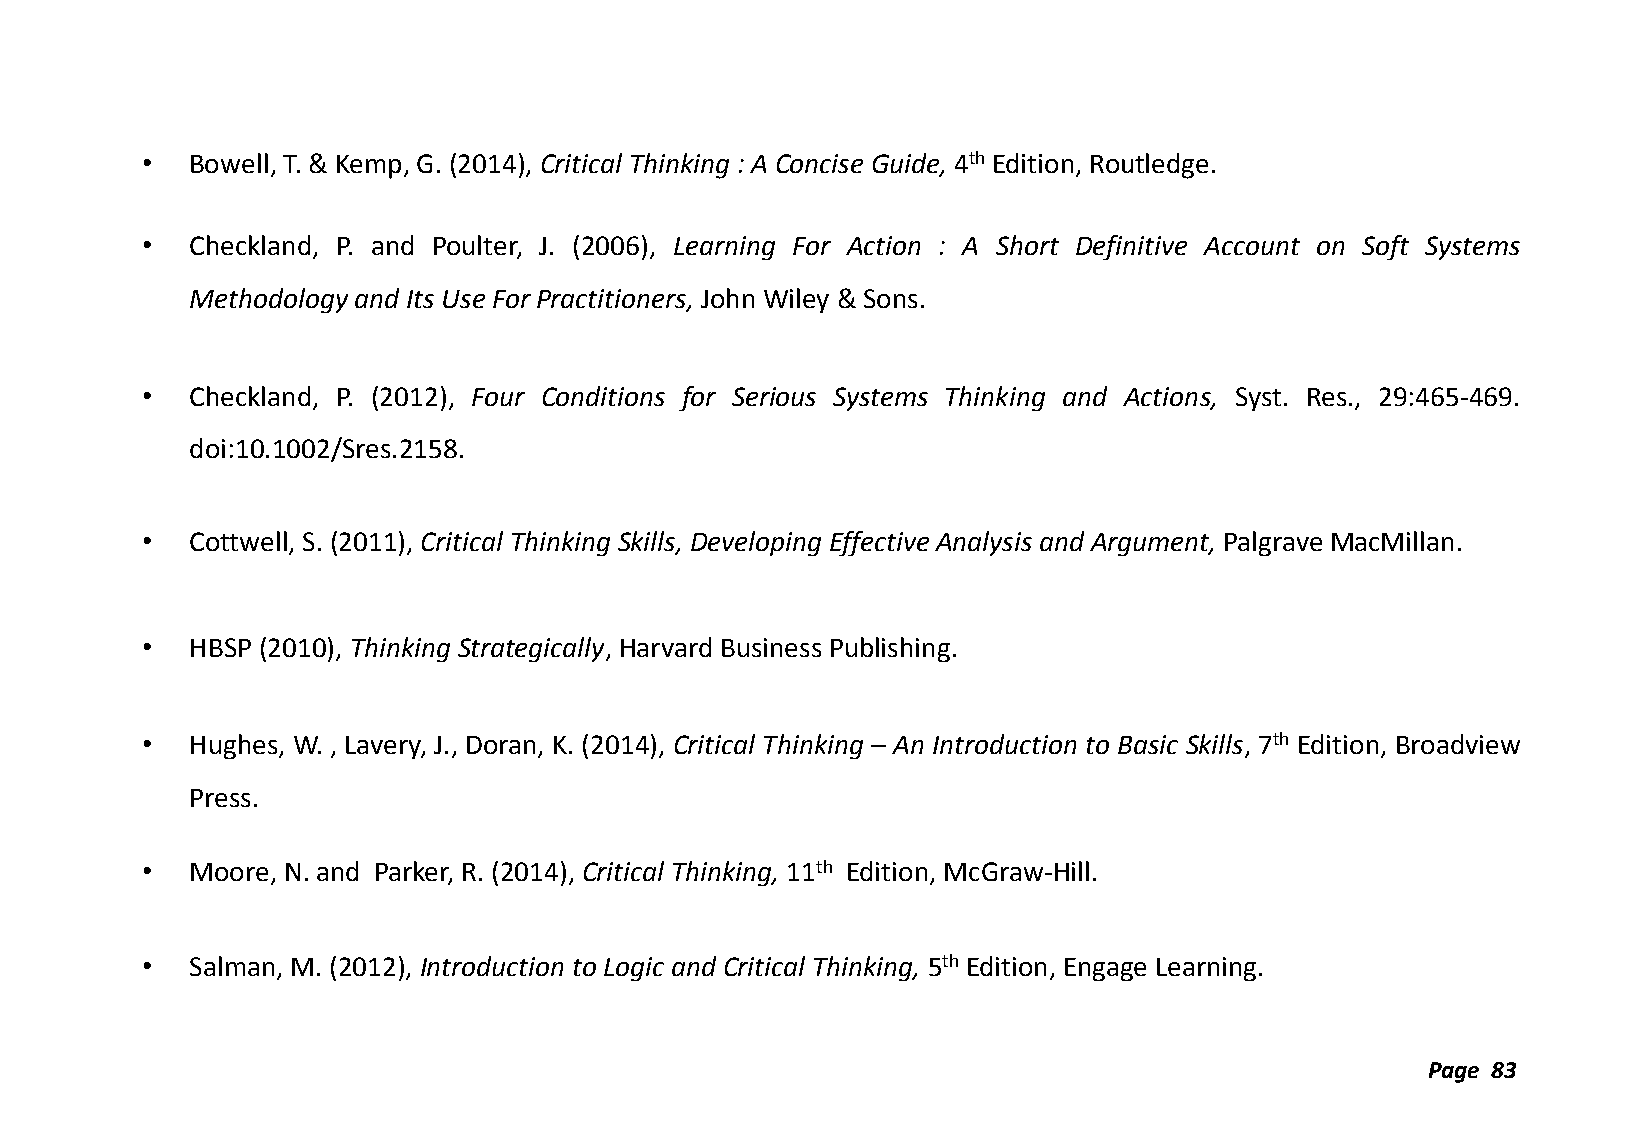
•   Bowell, T. & Kemp, G. (2014), Critical Thinking : A Concise Guide, 4th Edition, Routledge.
 •   Checkland, P. and Poulter, J. (2006), Learning For Action : A Short Definitive Account on Soft Systems
 Methodology and Its Use For Practitioners, John Wiley & Sons.
 •   Checkland, P. (2012), Four Conditions for Serious Systems Thinking and Actions, Syst. Res., 29:465-469.
 doi:10.1002/Sres.2158.
 •   Cottwell, S. (2011), Critical Thinking Skills, Developing Effective Analysis and Argument, Palgrave MacMillan.
 •   HBSP (2010), Thinking Strategically, Harvard Business Publishing.
 •   Hughes, W. , Lavery, J., Doran, K. (2014), Critical Thinking – An Introduction to Basic Skills, 7th Edition, Broadview
 Press.
 •   Moore, N. and Parker, R. (2014), Critical Thinking, 11th Edition, McGraw-Hill.
 •   Salman, M. (2012), Introduction to Logic and Critical Thinking, 5th Edition, Engage Learning.
 Page 83